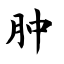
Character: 肿